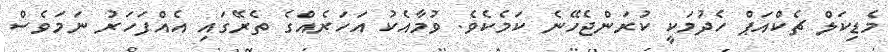
މެޑިކަލް ޗެކްއަޕް ހެދުމަކީ ކުރަންޖެހޭނެ ކަމެކެވެ. ވުމާއެކު އަހަރެއްގެ ތެރޭގައި އެއްފަހަރު ނަމަވެސް